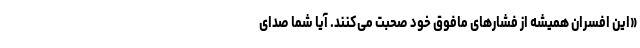
«این افسران همیشه از فشارهای مافوق خود صحبت می‌کنند. آیا شما صدای